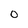
Character: 0